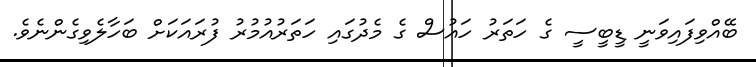
ބޭއްވިފައިވަނީ ޑީބީސީ ގެ ހަތަރު ހައުސް ގެ މެދުގައި ހަތަރުއުމުރު ފުރައަކަށް ބަހާލެވިގެންނެވެ.